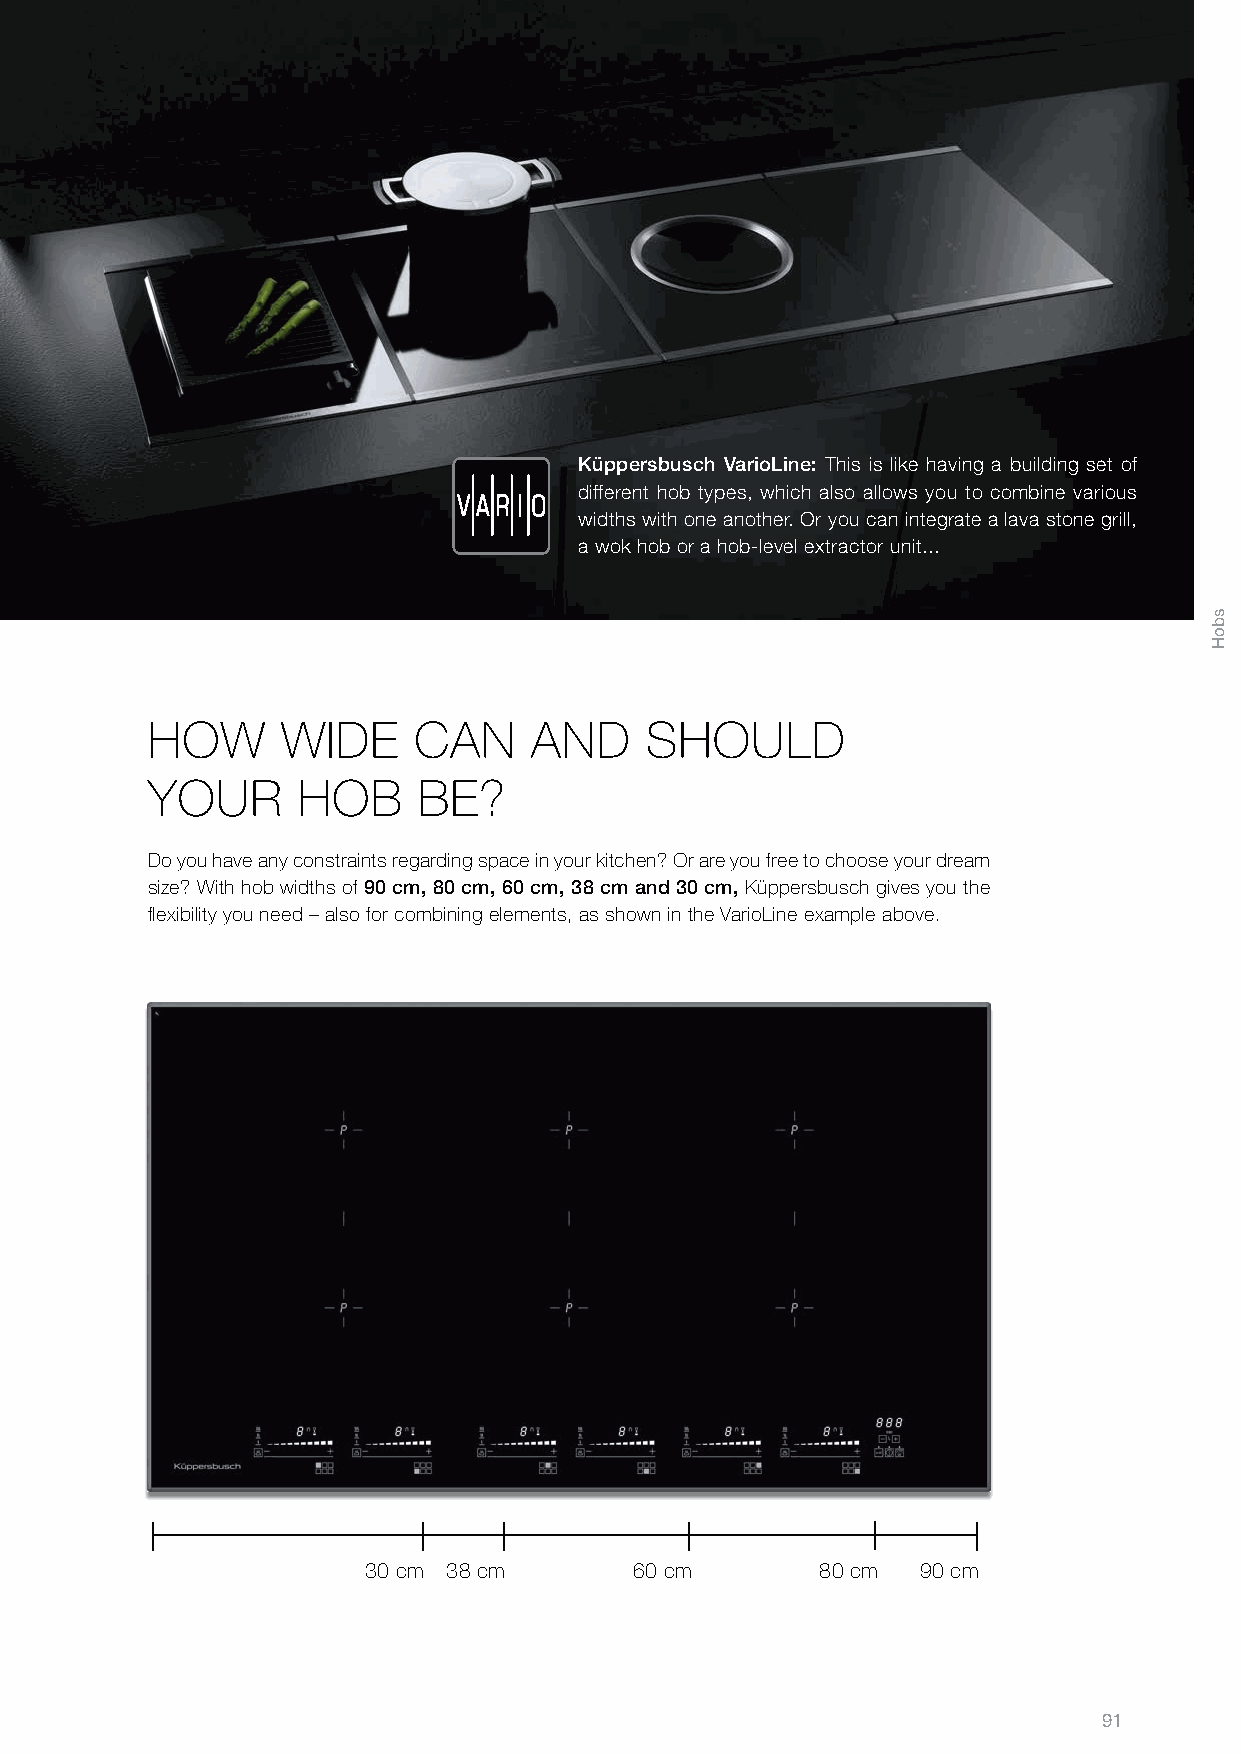
Küppersbusch VarioLine: This is like having a building set of
 different hob types, which also allows you to combine various
 widths with one another. Or you can integrate a lava stone grill,
 a wok hob or a hob­level extractor unit...
 HOW      WIDE    CAN     AND     SHOULD
 YOUR      HOB     BE?
 Do you have any constraints regarding space in your kitchen? Or are you free to choose your dream
 size? With hob widths of 90 cm, 80 cm, 60 cm, 38 cm and 30 cm, Küppersbusch gives you the
 flexibility you need – also for combining elements, as shown in the VarioLine example above.
 30 cm 38 cm       60 cm       80 cm  90 cm
 91
 sboH